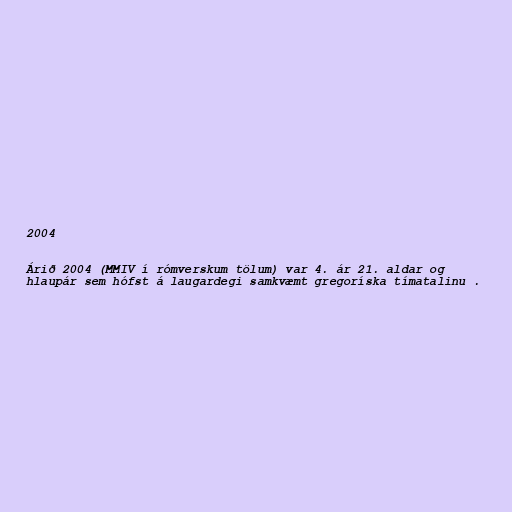
2004

Árið 2004 (MMIV í rómverskum tölum) var 4. ár 21. aldar og
hlaupár sem hófst á laugardegi samkvæmt gregoríska tímatalinu .